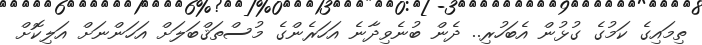
ތިމައިގެ ކަމުގެ ގުޅުން އެބަހުރި.. ދެން ބުނެވިދާނެ އަހަރެންގެ މުސްތަޤްބަލަށް އަހަންނަށް އަލިކޮށް